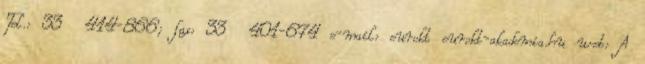
Tel.: 33 414-866; fax: 33 401-674 e-mail: eurokt eurokt-akademia.hu web: A